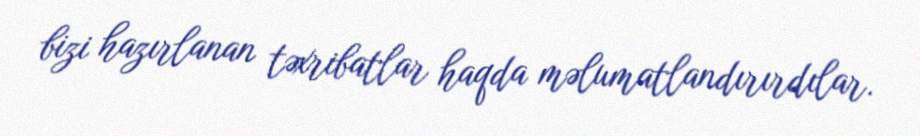
bizi hazırlanan təxribatlar haqda məlumatlandırırdılar.